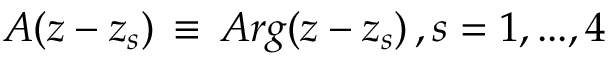
A ( z - z _ { s } ) \, \equiv \, A r g ( z - z _ { s } ) \, , s = 1 , . . . , 4